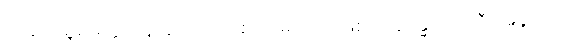
အနုပါရမ္ဘစိတ္တော,၊ ရှုံးချလိုသောစိတ်မရှိသည်ဖြစ်၍။ နရန္ဓဂဝေသီ၊ အခွင့်ကို